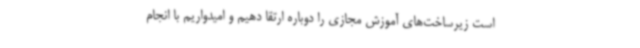
است زیرساخت‌های آموزش مجازی را دوباره ارتقا دهیم و امیدواریم با انجام